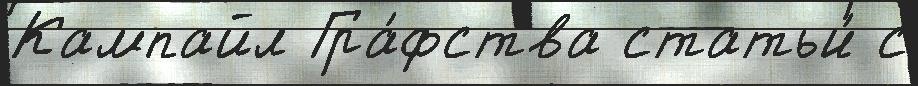
Кампайл Гра́фства статьи́ с